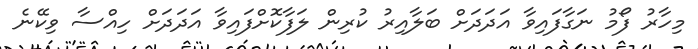
މިހާރު ފޯމު ނަގާފައިވާ އަދަދަށް ބަލާއިރު ކުރިން ލަފާކޮށްފައިވާ އަދަދަށް ހިއްސާ ވިކޭނެ